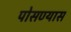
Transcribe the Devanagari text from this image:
पोसण्यास